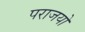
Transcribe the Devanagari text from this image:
पराजयो